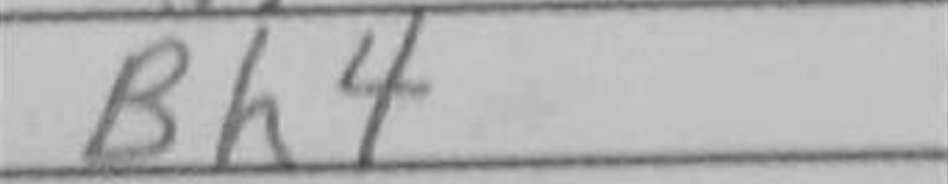
Transcription: Bh4